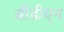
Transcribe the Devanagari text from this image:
बीडीएन